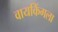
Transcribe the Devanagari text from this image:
वायकिंगला